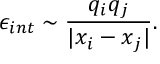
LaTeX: \epsilon _ { i n t } \sim \frac { q _ { i } q _ { j } } { | x _ { i } - x _ { j } | } .